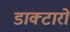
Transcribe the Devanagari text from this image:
डाक्टारो